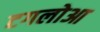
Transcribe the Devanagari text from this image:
टगलोआ